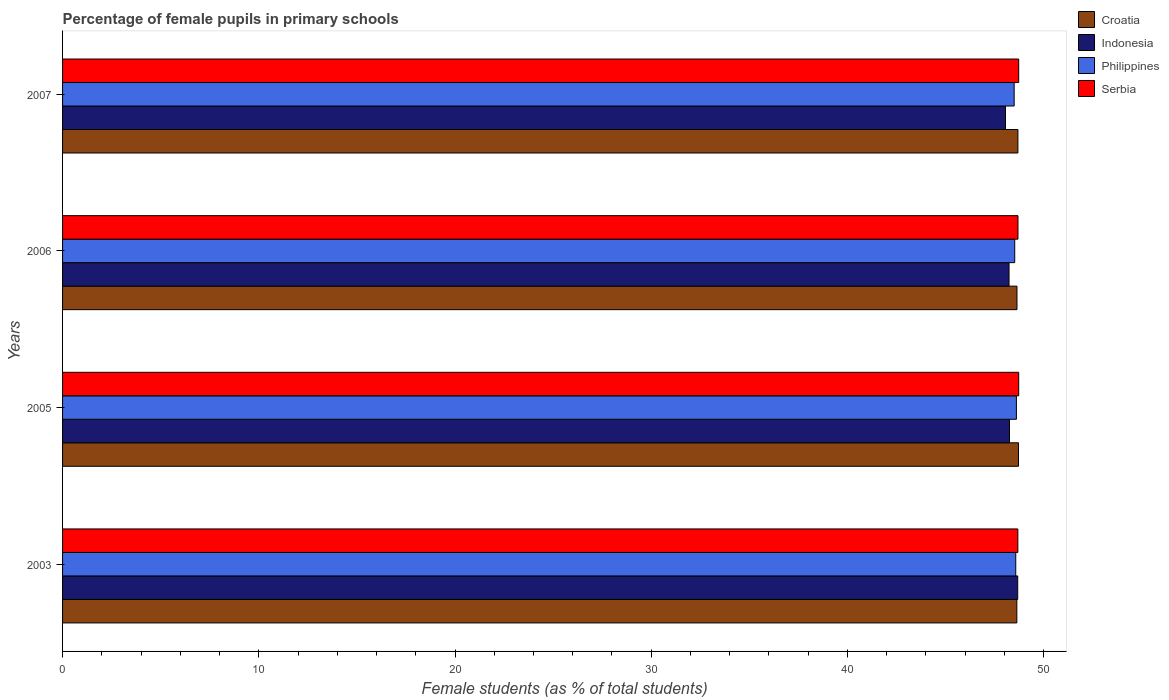
| Years | Croatia | Indonesia | Philippines | Serbia |
 | --- | --- | --- | --- | --- |
 | 2003 | 48.6 | 48.7 | 48.6 | 48.7 |
 | 2005 | 48.7 | 48.3 | 48.6 | 48.7 |
 | 2006 | 48.6 | 48.2 | 48.5 | 48.7 |
 | 2007 | 48.7 | 48.1 | 48.5 | 48.7 |